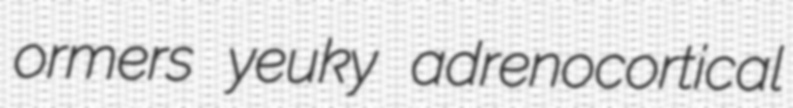
ormers yeuky adrenocortical